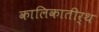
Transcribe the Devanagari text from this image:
कालिकातीर्थ